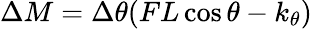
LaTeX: \Delta M=\Delta\theta(FL\cos\theta-k_{\theta})